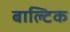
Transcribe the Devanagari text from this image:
बाल्‍टिक